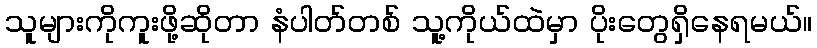
သူများကိုကူးဖို့ဆိုတာ နံပါတ်တစ် သူ့ကိုယ်ထဲမှာ ပိုးတွေရှိနေရမယ်။